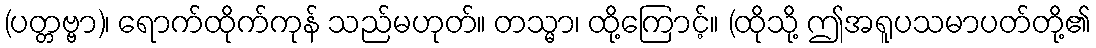
(ပတ္တဗ္ဗာ)၊ ရောက်ထိုက်ကုန် သည်မဟုတ်။ တသ္မာ၊ ထို့ကြောင့်။ (ထိုသို့ ဤအရူပသမာပတ်တို့၏